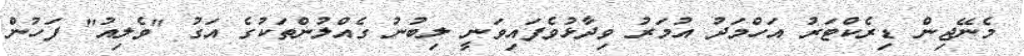
މެނޭޖިން ޑިރެކްޓަރު އަހްމަދު އުމަރު ވިދާޅުވެފައިވަނީ ލިބުނު ގެއްލުންތަކުގެ އަގު "ވެލިއު" ފަހުން